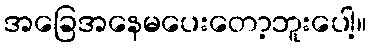
အခြေအနေမပေးတော့ဘူးပေါ့။